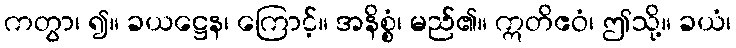
ကတွာ၊ ၍။ ခယဋ္ဌေန၊ ကြောင့်။ အနိစ္စံ၊ မည်၏။ ဣတိဧဝံ၊ ဤသို့။ ခယံ၊